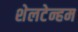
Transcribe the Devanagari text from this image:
शेलटेन्हम